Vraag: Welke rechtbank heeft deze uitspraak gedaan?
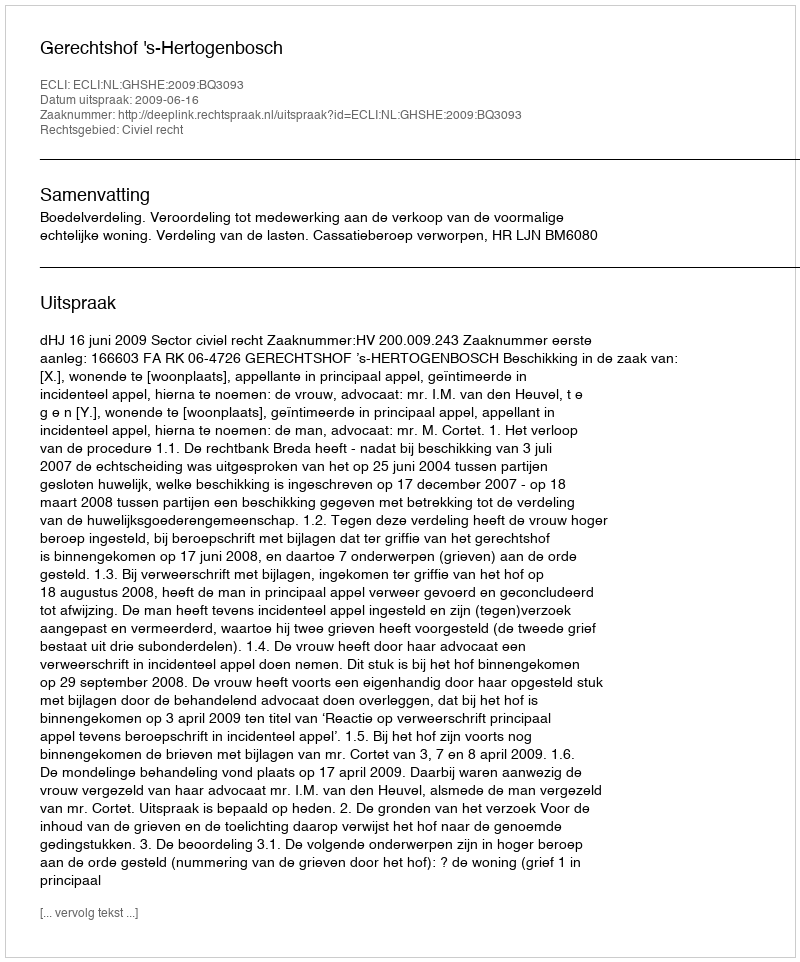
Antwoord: Gerechtshof 's-Hertogenbosch